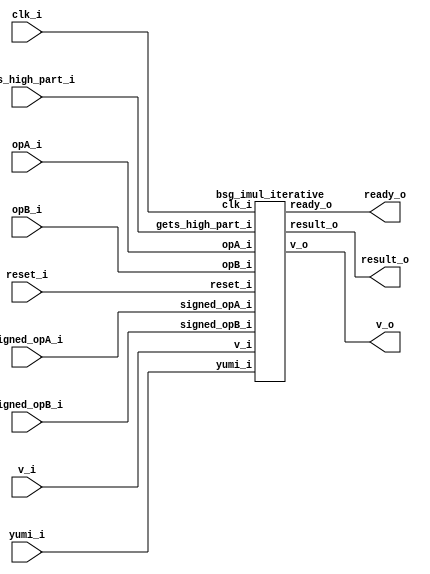
// This program was cloned from: https://github.com/chipsalliance/UHDM-integration-tests
// License: Apache License 2.0



module top
(
  clk_i,
  reset_i,
  v_i,
  ready_o,
  opA_i,
  signed_opA_i,
  opB_i,
  signed_opB_i,
  gets_high_part_i,
  v_o,
  result_o,
  yumi_i
);

  input [31:0] opA_i;
  input [31:0] opB_i;
  output [31:0] result_o;
  input clk_i;
  input reset_i;
  input v_i;
  input signed_opA_i;
  input signed_opB_i;
  input gets_high_part_i;
  input yumi_i;
  output ready_o;
  output v_o;

  bsg_imul_iterative
  wrapper
  (
    .opA_i(opA_i),
    .opB_i(opB_i),
    .result_o(result_o),
    .clk_i(clk_i),
    .reset_i(reset_i),
    .v_i(v_i),
    .signed_opA_i(signed_opA_i),
    .signed_opB_i(signed_opB_i),
    .gets_high_part_i(gets_high_part_i),
    .yumi_i(yumi_i),
    .ready_o(ready_o),
    .v_o(v_o)
  );


endmodule



module bsg_imul_iterative
(
  clk_i,
  reset_i,
  v_i,
  ready_o,
  opA_i,
  signed_opA_i,
  opB_i,
  signed_opB_i,
  gets_high_part_i,
  v_o,
  result_o,
  yumi_i
);

  input [31:0] opA_i;
  input [31:0] opB_i;
  output [31:0] result_o;
  input clk_i;
  input reset_i;
  input v_i;
  input signed_opA_i;
  input signed_opB_i;
  input gets_high_part_i;
  input yumi_i;
  output ready_o;
  output v_o;
  wire [31:0] result_o,opA_r,adder_a,opB_r,adder_b;
  wire ready_o,v_o,N0,N1,N2,N3,N4,N5,N6,N7,N8,N9,N10,N11,N12,N13,N14,N15,N16,N17,N18,
  N19,N20,N21,N22,N23,N24,N25,gets_high_part_r,N26,shift_counter_full,N27,N28,N29,
  N30,N31,N32,N33,N34,N35,N36,N37,N38,N39,N40,N41,N42,N43,N44,N45,N46,N47,N48,N49,
  N50,N51,N52,N53,N54,N55,N56,N57,N58,N59,N60,N61,N62,N63,N64,N65,N66,N67,N68,N69,
  N70,N71,N72,N73,N74,N75,N76,N77,N78,N79,N80,N81,N82,N83,N84,N85,N86,N87,N88,N89,
  N90,N91,N92,N93,N94,N95,N96,N97,N98,N99,N100,N101,N102,N103,N104,N105,N106,N107,
  N108,N109,N110,N111,N112,N113,N114,N115,N116,N117,N118,N119,N120,N121,N122,N123,
  N124,N125,N126,N127,N128,N129,N130,N131,N132,N133,N134,N135,N136,N137,N138,N139,
  N140,N141,N142,N143,N144,N145,N146,N147,N148,N149,N150,N151,N152,N153,N154,N155,
  N156,N157,N158,N159,N160,N161,N162,N163,N164,N165,N166,adder_neg_op,N167,
  latch_input,signed_opA,signed_opB,signed_opA_r,signed_opB_r,need_neg_result_r,N168,N169,
  N170,N171,N172,N173,N174,N175,N176,N177,N178,N179,N180,N181,N182,N183,N184,N185,
  N186,N187,N188,N189,N190,N191,N192,N193,N194,N195,N196,N197,N198,N199,N200,N201,
  N202,N203,N204,N205,N206,N207,N208,N209,N210,N211,N212,N213,N214,N215,N216,N217,
  N218,N219,N220,N221,N222,N223,N224,N225,N226,N227,N228,N229,N230,N231,N232,N233,
  N234,N235,N236,N237,N238,N239,N240,N241,N242,N243,N244,N245,N246,N247,N248,N249,
  N250,N251,N252,N253,N254,N255,N256,N257,N258,N259,N260,N261,N262,N263,N264,N265,
  N266,N267,N268,N269,N270,N271,N272,N273,N274,N275,N276,N277,N278,N279,N280,N281,
  N282,N283,N284,N285,N286,N287,N288,N289,N290,N291,N292,N293,N294,N295,N296,N297,
  N298,N299,N300,N301,N302,N303,N304,N305,N306,N307,N308,N309,shifted_lsb,
  all_sh_lsb_zero_r,N310,N311,N312,N313,N314,N315,N316,N317,N318,N319,N320,N321,N322,N323,
  N324,N325,N326,N327,N328,N329,N330,N331,N332,N333,N334,N335,N336,N337,N338,N339,
  N340,N341,N342,N343,N344,N345,N346,N347,N348,N349,N350,N351,N352,N353,N354,N355,
  N356,N357,N358,N359,N360,N361,N362,N363,N364,N365,N366,N367,N368,N369,N370,N371,
  N372,N373,N374,N375,N376,N377,N378,N379,N380,N381,N382,N383,N384,N385,N386,N387,
  N388,N389,N390,N391,N392,N393,N394,N395,N396,N397,N398,N399,N400,N401,N402,N403,
  N404,N405,N406,N407,N408,N409,N410,N411,N412,N413,N414,N415,N416,N417,N418,N419,
  N420,N421,N422,N423,N424,N425,N426,N427,N428,N429,N430,N431,N432,N433,N434,N435,
  N436,N437,N438,N439,N440,N441,N442,N443,N444,N445,N446,N447,N448,N449,N450,N451,
  N453,N454,N455,N456,N457,N458,N459,N460,N461,N462,N463,N464,N465,N466,N467,N468,
  N469,N470,N471,N472,N473,N474,N475,N476,N477,N478,N479,N480,N481,N482,N483,N484,
  N485,N486,N487,N488,N489,N490,N491,N492,N493,N494,N495,N496,N497,N498,N499,N500,
  N501,N502,N503,N504,N505,N506,N507,N509,N510,N511,N512,N513,N514,N515,N516,N517,
  N518,N519,N520,N521,N522,N523,N524,N525,N526,N527,N528,N529;
  wire [5:0] shift_counter_r;
  wire [2:0] curr_state_r,next_state;
  wire [32:0] adder_result;
  reg curr_state_r_2_sv2v_reg,curr_state_r_1_sv2v_reg,curr_state_r_0_sv2v_reg,
  shift_counter_r_5_sv2v_reg,shift_counter_r_4_sv2v_reg,shift_counter_r_3_sv2v_reg,
  shift_counter_r_2_sv2v_reg,shift_counter_r_1_sv2v_reg,shift_counter_r_0_sv2v_reg,
  signed_opA_r_sv2v_reg,signed_opB_r_sv2v_reg,need_neg_result_r_sv2v_reg,
  gets_high_part_r_sv2v_reg,opA_r_31_sv2v_reg,opA_r_30_sv2v_reg,opA_r_29_sv2v_reg,
  opA_r_28_sv2v_reg,opA_r_27_sv2v_reg,opA_r_26_sv2v_reg,opA_r_25_sv2v_reg,opA_r_24_sv2v_reg,
  opA_r_23_sv2v_reg,opA_r_22_sv2v_reg,opA_r_21_sv2v_reg,opA_r_20_sv2v_reg,
  opA_r_19_sv2v_reg,opA_r_18_sv2v_reg,opA_r_17_sv2v_reg,opA_r_16_sv2v_reg,opA_r_15_sv2v_reg,
  opA_r_14_sv2v_reg,opA_r_13_sv2v_reg,opA_r_12_sv2v_reg,opA_r_11_sv2v_reg,
  opA_r_10_sv2v_reg,opA_r_9_sv2v_reg,opA_r_8_sv2v_reg,opA_r_7_sv2v_reg,opA_r_6_sv2v_reg,
  opA_r_5_sv2v_reg,opA_r_4_sv2v_reg,opA_r_3_sv2v_reg,opA_r_2_sv2v_reg,opA_r_1_sv2v_reg,
  opA_r_0_sv2v_reg,opB_r_31_sv2v_reg,opB_r_30_sv2v_reg,opB_r_29_sv2v_reg,
  opB_r_28_sv2v_reg,opB_r_27_sv2v_reg,opB_r_26_sv2v_reg,opB_r_25_sv2v_reg,
  opB_r_24_sv2v_reg,opB_r_23_sv2v_reg,opB_r_22_sv2v_reg,opB_r_21_sv2v_reg,opB_r_20_sv2v_reg,
  opB_r_19_sv2v_reg,opB_r_18_sv2v_reg,opB_r_17_sv2v_reg,opB_r_16_sv2v_reg,
  opB_r_15_sv2v_reg,opB_r_14_sv2v_reg,opB_r_13_sv2v_reg,opB_r_12_sv2v_reg,opB_r_11_sv2v_reg,
  opB_r_10_sv2v_reg,opB_r_9_sv2v_reg,opB_r_8_sv2v_reg,opB_r_7_sv2v_reg,
  opB_r_6_sv2v_reg,opB_r_5_sv2v_reg,opB_r_4_sv2v_reg,opB_r_3_sv2v_reg,opB_r_2_sv2v_reg,
  opB_r_1_sv2v_reg,opB_r_0_sv2v_reg,all_sh_lsb_zero_r_sv2v_reg,result_o_31_sv2v_reg,
  result_o_30_sv2v_reg,result_o_29_sv2v_reg,result_o_28_sv2v_reg,result_o_27_sv2v_reg,
  result_o_26_sv2v_reg,result_o_25_sv2v_reg,result_o_24_sv2v_reg,result_o_23_sv2v_reg,
  result_o_22_sv2v_reg,result_o_21_sv2v_reg,result_o_20_sv2v_reg,
  result_o_19_sv2v_reg,result_o_18_sv2v_reg,result_o_17_sv2v_reg,result_o_16_sv2v_reg,
  result_o_15_sv2v_reg,result_o_14_sv2v_reg,result_o_13_sv2v_reg,result_o_12_sv2v_reg,
  result_o_11_sv2v_reg,result_o_10_sv2v_reg,result_o_9_sv2v_reg,result_o_8_sv2v_reg,
  result_o_7_sv2v_reg,result_o_6_sv2v_reg,result_o_5_sv2v_reg,result_o_4_sv2v_reg,
  result_o_3_sv2v_reg,result_o_2_sv2v_reg,result_o_1_sv2v_reg,result_o_0_sv2v_reg;
  assign curr_state_r[2] = curr_state_r_2_sv2v_reg;
  assign curr_state_r[1] = curr_state_r_1_sv2v_reg;
  assign curr_state_r[0] = curr_state_r_0_sv2v_reg;
  assign shift_counter_r[5] = shift_counter_r_5_sv2v_reg;
  assign shift_counter_r[4] = shift_counter_r_4_sv2v_reg;
  assign shift_counter_r[3] = shift_counter_r_3_sv2v_reg;
  assign shift_counter_r[2] = shift_counter_r_2_sv2v_reg;
  assign shift_counter_r[1] = shift_counter_r_1_sv2v_reg;
  assign shift_counter_r[0] = shift_counter_r_0_sv2v_reg;
  assign signed_opA_r = signed_opA_r_sv2v_reg;
  assign signed_opB_r = signed_opB_r_sv2v_reg;
  assign need_neg_result_r = need_neg_result_r_sv2v_reg;
  assign gets_high_part_r = gets_high_part_r_sv2v_reg;
  assign opA_r[31] = opA_r_31_sv2v_reg;
  assign opA_r[30] = opA_r_30_sv2v_reg;
  assign opA_r[29] = opA_r_29_sv2v_reg;
  assign opA_r[28] = opA_r_28_sv2v_reg;
  assign opA_r[27] = opA_r_27_sv2v_reg;
  assign opA_r[26] = opA_r_26_sv2v_reg;
  assign opA_r[25] = opA_r_25_sv2v_reg;
  assign opA_r[24] = opA_r_24_sv2v_reg;
  assign opA_r[23] = opA_r_23_sv2v_reg;
  assign opA_r[22] = opA_r_22_sv2v_reg;
  assign opA_r[21] = opA_r_21_sv2v_reg;
  assign opA_r[20] = opA_r_20_sv2v_reg;
  assign opA_r[19] = opA_r_19_sv2v_reg;
  assign opA_r[18] = opA_r_18_sv2v_reg;
  assign opA_r[17] = opA_r_17_sv2v_reg;
  assign opA_r[16] = opA_r_16_sv2v_reg;
  assign opA_r[15] = opA_r_15_sv2v_reg;
  assign opA_r[14] = opA_r_14_sv2v_reg;
  assign opA_r[13] = opA_r_13_sv2v_reg;
  assign opA_r[12] = opA_r_12_sv2v_reg;
  assign opA_r[11] = opA_r_11_sv2v_reg;
  assign opA_r[10] = opA_r_10_sv2v_reg;
  assign opA_r[9] = opA_r_9_sv2v_reg;
  assign opA_r[8] = opA_r_8_sv2v_reg;
  assign opA_r[7] = opA_r_7_sv2v_reg;
  assign opA_r[6] = opA_r_6_sv2v_reg;
  assign opA_r[5] = opA_r_5_sv2v_reg;
  assign opA_r[4] = opA_r_4_sv2v_reg;
  assign opA_r[3] = opA_r_3_sv2v_reg;
  assign opA_r[2] = opA_r_2_sv2v_reg;
  assign opA_r[1] = opA_r_1_sv2v_reg;
  assign opA_r[0] = opA_r_0_sv2v_reg;
  assign opB_r[31] = opB_r_31_sv2v_reg;
  assign opB_r[30] = opB_r_30_sv2v_reg;
  assign opB_r[29] = opB_r_29_sv2v_reg;
  assign opB_r[28] = opB_r_28_sv2v_reg;
  assign opB_r[27] = opB_r_27_sv2v_reg;
  assign opB_r[26] = opB_r_26_sv2v_reg;
  assign opB_r[25] = opB_r_25_sv2v_reg;
  assign opB_r[24] = opB_r_24_sv2v_reg;
  assign opB_r[23] = opB_r_23_sv2v_reg;
  assign opB_r[22] = opB_r_22_sv2v_reg;
  assign opB_r[21] = opB_r_21_sv2v_reg;
  assign opB_r[20] = opB_r_20_sv2v_reg;
  assign opB_r[19] = opB_r_19_sv2v_reg;
  assign opB_r[18] = opB_r_18_sv2v_reg;
  assign opB_r[17] = opB_r_17_sv2v_reg;
  assign opB_r[16] = opB_r_16_sv2v_reg;
  assign opB_r[15] = opB_r_15_sv2v_reg;
  assign opB_r[14] = opB_r_14_sv2v_reg;
  assign opB_r[13] = opB_r_13_sv2v_reg;
  assign opB_r[12] = opB_r_12_sv2v_reg;
  assign opB_r[11] = opB_r_11_sv2v_reg;
  assign opB_r[10] = opB_r_10_sv2v_reg;
  assign opB_r[9] = opB_r_9_sv2v_reg;
  assign opB_r[8] = opB_r_8_sv2v_reg;
  assign opB_r[7] = opB_r_7_sv2v_reg;
  assign opB_r[6] = opB_r_6_sv2v_reg;
  assign opB_r[5] = opB_r_5_sv2v_reg;
  assign opB_r[4] = opB_r_4_sv2v_reg;
  assign opB_r[3] = opB_r_3_sv2v_reg;
  assign opB_r[2] = opB_r_2_sv2v_reg;
  assign opB_r[1] = opB_r_1_sv2v_reg;
  assign opB_r[0] = opB_r_0_sv2v_reg;
  assign all_sh_lsb_zero_r = all_sh_lsb_zero_r_sv2v_reg;
  assign result_o[31] = result_o_31_sv2v_reg;
  assign result_o[30] = result_o_30_sv2v_reg;
  assign result_o[29] = result_o_29_sv2v_reg;
  assign result_o[28] = result_o_28_sv2v_reg;
  assign result_o[27] = result_o_27_sv2v_reg;
  assign result_o[26] = result_o_26_sv2v_reg;
  assign result_o[25] = result_o_25_sv2v_reg;
  assign result_o[24] = result_o_24_sv2v_reg;
  assign result_o[23] = result_o_23_sv2v_reg;
  assign result_o[22] = result_o_22_sv2v_reg;
  assign result_o[21] = result_o_21_sv2v_reg;
  assign result_o[20] = result_o_20_sv2v_reg;
  assign result_o[19] = result_o_19_sv2v_reg;
  assign result_o[18] = result_o_18_sv2v_reg;
  assign result_o[17] = result_o_17_sv2v_reg;
  assign result_o[16] = result_o_16_sv2v_reg;
  assign result_o[15] = result_o_15_sv2v_reg;
  assign result_o[14] = result_o_14_sv2v_reg;
  assign result_o[13] = result_o_13_sv2v_reg;
  assign result_o[12] = result_o_12_sv2v_reg;
  assign result_o[11] = result_o_11_sv2v_reg;
  assign result_o[10] = result_o_10_sv2v_reg;
  assign result_o[9] = result_o_9_sv2v_reg;
  assign result_o[8] = result_o_8_sv2v_reg;
  assign result_o[7] = result_o_7_sv2v_reg;
  assign result_o[6] = result_o_6_sv2v_reg;
  assign result_o[5] = result_o_5_sv2v_reg;
  assign result_o[4] = result_o_4_sv2v_reg;
  assign result_o[3] = result_o_3_sv2v_reg;
  assign result_o[2] = result_o_2_sv2v_reg;
  assign result_o[1] = result_o_1_sv2v_reg;
  assign result_o[0] = result_o_0_sv2v_reg;
  assign N27 = N448 & N453;
  assign N28 = N27 & N449;
  assign N29 = curr_state_r[2] | curr_state_r[1];
  assign N30 = N29 | N449;
  assign N32 = curr_state_r[2] | N453;
  assign N33 = N32 | curr_state_r[0];
  assign N35 = curr_state_r[2] | N453;
  assign N36 = N35 | N449;
  assign N38 = N448 | curr_state_r[1];
  assign N39 = N38 | curr_state_r[0];
  assign N41 = N448 | curr_state_r[1];
  assign N42 = N41 | N449;
  assign N44 = curr_state_r[2] & curr_state_r[1];
  assign N416 = reset_i | latch_input;
  assign N417 = reset_i | latch_input;
  assign N418 = reset_i | latch_input;
  assign N419 = reset_i | latch_input;
  assign N420 = reset_i | latch_input;
  assign N421 = reset_i | latch_input;
  assign N422 = reset_i | latch_input;
  assign N423 = reset_i | latch_input;
  assign N424 = reset_i | latch_input;
  assign N425 = reset_i | latch_input;
  assign N426 = reset_i | latch_input;
  assign N427 = reset_i | latch_input;
  assign N428 = reset_i | latch_input;
  assign N429 = reset_i | latch_input;
  assign N430 = reset_i | latch_input;
  assign N431 = reset_i | latch_input;
  assign N432 = reset_i | latch_input;
  assign N433 = reset_i | latch_input;
  assign N434 = reset_i | latch_input;
  assign N435 = reset_i | latch_input;
  assign N436 = reset_i | latch_input;
  assign N437 = reset_i | latch_input;
  assign N438 = reset_i | latch_input;
  assign N439 = reset_i | latch_input;
  assign N440 = reset_i | latch_input;
  assign N441 = reset_i | latch_input;
  assign N442 = reset_i | latch_input;
  assign N443 = reset_i | latch_input;
  assign N444 = reset_i | latch_input;
  assign N445 = reset_i | latch_input;
  assign N446 = reset_i | latch_input;
  assign N447 = reset_i | latch_input;
  assign N448 = ~curr_state_r[2];
  assign N449 = ~curr_state_r[0];
  assign N450 = curr_state_r[1] | N448;
  assign N451 = N449 | N450;
  assign v_o = ~N451;
  assign N453 = ~curr_state_r[1];
  assign N454 = N453 | curr_state_r[2];
  assign N455 = N449 | N454;
  assign N456 = ~N455;
  assign N457 = N453 | curr_state_r[2];
  assign N458 = N449 | N457;
  assign N459 = ~N458;
  assign N460 = N453 | curr_state_r[2];
  assign N461 = N449 | N460;
  assign N462 = ~N461;
  assign N463 = N453 | curr_state_r[2];
  assign N464 = N449 | N463;
  assign N465 = ~N464;
  assign N466 = curr_state_r[1] | curr_state_r[2];
  assign N467 = N449 | N466;
  assign N468 = ~N467;
  assign N469 = N453 | curr_state_r[2];
  assign N470 = N449 | N469;
  assign N471 = ~N470;
  assign N472 = N453 | curr_state_r[2];
  assign N473 = curr_state_r[0] | N472;
  assign N474 = ~N473;
  assign N475 = N453 | curr_state_r[2];
  assign N476 = N449 | N475;
  assign N477 = ~N476;
  assign N478 = curr_state_r[1] | N448;
  assign N479 = curr_state_r[0] | N478;
  assign N480 = ~N479;
  assign N481 = N453 | curr_state_r[2];
  assign N482 = N449 | N481;
  assign N483 = ~next_state[1];
  assign N484 = ~next_state[0];
  assign N485 = N483 | next_state[2];
  assign N486 = N484 | N485;
  assign N487 = ~N486;
  assign N488 = curr_state_r[1] | N448;
  assign N489 = curr_state_r[0] | N488;
  assign N490 = ~N489;
  assign N491 = curr_state_r[1] | curr_state_r[2];
  assign N492 = N449 | N491;
  assign N493 = ~N492;
  assign N494 = N453 | curr_state_r[2];
  assign N495 = curr_state_r[0] | N494;
  assign N496 = ~N495;
  assign N497 = curr_state_r[1] | N448;
  assign N498 = curr_state_r[0] | N497;
  assign N499 = ~N498;
  assign N500 = N453 | curr_state_r[2];
  assign N501 = curr_state_r[0] | N500;
  assign N502 = ~N501;
  assign N503 = curr_state_r[1] | curr_state_r[2];
  assign N504 = N449 | N503;
  assign N505 = ~N504;
  assign N506 = curr_state_r[1] | curr_state_r[2];
  assign N507 = curr_state_r[0] | N506;
  assign ready_o = ~N507;
  assign N509 = ~shift_counter_r[4];
  assign N510 = ~shift_counter_r[3];
  assign N511 = ~shift_counter_r[2];
  assign N512 = ~shift_counter_r[1];
  assign N513 = ~shift_counter_r[0];
  assign N514 = N509 | shift_counter_r[5];
  assign N515 = N510 | N514;
  assign N516 = N511 | N515;
  assign N517 = N512 | N516;
  assign N518 = N513 | N517;
  assign N519 = ~N518;
  assign N520 = ~shift_counter_r[5];
  assign N521 = shift_counter_r[4] | N520;
  assign N522 = shift_counter_r[3] | N521;
  assign N523 = shift_counter_r[2] | N522;
  assign N524 = shift_counter_r[1] | N523;
  assign N525 = shift_counter_r[0] | N524;
  assign N526 = ~N525;
  assign adder_result = adder_a + adder_b;
  assign { N58, N57, N56, N55, N54, N53 } = shift_counter_r + 1'b1;
  assign shift_counter_full = (N0)? N519 : 
                              (N1)? N526 : 1'b0;
  assign N0 = gets_high_part_r;
  assign N1 = N26;
  assign next_state = (N2)? { 1'b0, 1'b0, v_i } : 
                      (N3)? { 1'b0, 1'b1, 1'b0 } : 
                      (N4)? { 1'b0, 1'b1, 1'b1 } : 
                      (N5)? { shift_counter_full, N45, N45 } : 
                      (N6)? { 1'b1, 1'b0, 1'b1 } : 
                      (N7)? { N46, 1'b0, N46 } : 
                      (N8)? { 1'b0, 1'b0, 1'b0 } : 1'b0;
  assign N2 = N28;
  assign N3 = N31;
  assign N4 = N34;
  assign N5 = N37;
  assign N6 = N40;
  assign N7 = N43;
  assign N8 = N44;
  assign N59 = (N9)? 1'b1 : 
               (N67)? 1'b1 : 
               (N51)? 1'b0 : 1'b0;
  assign N9 = N49;
  assign { N65, N64, N63, N62, N61, N60 } = (N9)? { 1'b0, 1'b0, 1'b0, 1'b0, 1'b0, 1'b0 } : 
                                            (N67)? { N58, N57, N56, N55, N54, N53 } : 1'b0;
  assign adder_a = (N10)? { N71, N72, N73, N74, N75, N76, N77, N78, N79, N80, N81, N82, N83, N84, N85, N86, N87, N88, N89, N90, N91, N92, N93, N94, N95, N96, N97, N98, N99, N100, N101, N102 } : 
                   (N11)? { N103, N104, N105, N106, N107, N108, N109, N110, N111, N112, N113, N114, N115, N116, N117, N118, N119, N120, N121, N122, N123, N124, N125, N126, N127, N128, N129, N130, N131, N132, N133, N134 } : 
                   (N12)? { N135, N136, N137, N138, N139, N140, N141, N142, N143, N144, N145, N146, N147, N148, N149, N150, N151, N152, N153, N154, N155, N156, N157, N158, N159, N160, N161, N162, N163, N164, N165, N166 } : 
                   (N70)? result_o : 1'b0;
  assign N10 = N505;
  assign N11 = N502;
  assign N12 = N490;
  assign adder_b = (N13)? { 1'b0, 1'b0, 1'b0, 1'b0, 1'b0, 1'b0, 1'b0, 1'b0, 1'b0, 1'b0, 1'b0, 1'b0, 1'b0, 1'b0, 1'b0, 1'b0, 1'b0, 1'b0, 1'b0, 1'b0, 1'b0, 1'b0, 1'b0, 1'b0, 1'b0, 1'b0, 1'b0, 1'b0, 1'b0, 1'b0, 1'b0, 1'b1 } : 
                   (N14)? opA_r : 1'b0;
  assign N13 = adder_neg_op;
  assign N14 = N167;
  assign N174 = (N15)? 1'b1 : 
                (N16)? 1'b1 : 
                (N173)? 1'b0 : 1'b0;
  assign N15 = N170;
  assign N16 = N171;
  assign { N206, N205, N204, N203, N202, N201, N200, N199, N198, N197, N196, N195, N194, N193, N192, N191, N190, N189, N188, N187, N186, N185, N184, N183, N182, N181, N180, N179, N178, N177, N176, N175 } = (N15)? { opA_r[30:0], 1'b0 } : 
                                                                                                                                                                                                              (N16)? adder_result[31:0] : 1'b0;
  assign N207 = (N17)? 1'b1 : 
                (N18)? N174 : 1'b0;
  assign N17 = latch_input;
  assign N18 = N169;
  assign { N239, N238, N237, N236, N235, N234, N233, N232, N231, N230, N229, N228, N227, N226, N225, N224, N223, N222, N221, N220, N219, N218, N217, N216, N215, N214, N213, N212, N211, N210, N209, N208 } = (N17)? opA_i : 
                                                                                                                                                                                                              (N18)? { N206, N205, N204, N203, N202, N201, N200, N199, N198, N197, N196, N195, N194, N193, N192, N191, N190, N189, N188, N187, N186, N185, N184, N183, N182, N181, N180, N179, N178, N177, N176, N175 } : 1'b0;
  assign N243 = (N19)? 1'b1 : 
                (N20)? 1'b1 : 
                (N242)? 1'b0 : 1'b0;
  assign N19 = N459;
  assign N20 = N240;
  assign { N275, N274, N273, N272, N271, N270, N269, N268, N267, N266, N265, N264, N263, N262, N261, N260, N259, N258, N257, N256, N255, N254, N253, N252, N251, N250, N249, N248, N247, N246, N245, N244 } = (N19)? { 1'b0, opB_r[31:1] } : 
                                                                                                                                                                                                              (N20)? adder_result[31:0] : 1'b0;
  assign N276 = (N17)? 1'b1 : 
                (N18)? N243 : 1'b0;
  assign { N308, N307, N306, N305, N304, N303, N302, N301, N300, N299, N298, N297, N296, N295, N294, N293, N292, N291, N290, N289, N288, N287, N286, N285, N284, N283, N282, N281, N280, N279, N278, N277 } = (N17)? opB_i : 
                                                                                                                                                                                                              (N18)? { N275, N274, N273, N272, N271, N270, N269, N268, N267, N266, N265, N264, N263, N262, N261, N260, N259, N258, N257, N256, N255, N254, N253, N252, N251, N250, N249, N248, N247, N246, N245, N244 } : 1'b0;
  assign shifted_lsb = (N21)? adder_result[0] : 
                       (N309)? result_o[0] : 1'b0;
  assign N21 = opB_r[0];
  assign { N350, N349, N348, N347, N346, N345, N344, N343, N342, N341, N340, N339, N338, N337, N336, N335, N334, N333, N332, N331, N330, N329, N328, N327, N326, N325, N324, N323, N322, N321, N320, N319 } = (N22)? { N135, N136, N137, N138, N139, N140, N141, N142, N143, N144, N145, N146, N147, N148, N149, N150, N151, N152, N153, N154, N155, N156, N157, N158, N159, N160, N161, N162, N163, N164, N165, N166 } : 
                                                                                                                                                                                                              (N318)? adder_result[31:0] : 1'b0;
  assign N22 = N317;
  assign { N382, N381, N380, N379, N378, N377, N376, N375, N374, N373, N372, N371, N370, N369, N368, N367, N366, N365, N364, N363, N362, N361, N360, N359, N358, N357, N356, N355, N354, N353, N352, N351 } = (N0)? adder_result[32:1] : 
                                                                                                                                                                                                              (N1)? adder_result[31:0] : 1'b0;
  assign N383 = (N23)? 1'b1 : 
                (N24)? 1'b1 : 
                (N25)? gets_high_part_r : 
                (N316)? 1'b0 : 1'b0;
  assign N23 = N311;
  assign N24 = N312;
  assign N25 = N313;
  assign { N415, N414, N413, N412, N411, N410, N409, N408, N407, N406, N405, N404, N403, N402, N401, N400, N399, N398, N397, N396, N395, N394, N393, N392, N391, N390, N389, N388, N387, N386, N385, N384 } = (N23)? { N350, N349, N348, N347, N346, N345, N344, N343, N342, N341, N340, N339, N338, N337, N336, N335, N334, N333, N332, N331, N330, N329, N328, N327, N326, N325, N324, N323, N322, N321, N320, N319 } : 
                                                                                                                                                                                                              (N24)? { N382, N381, N380, N379, N378, N377, N376, N375, N374, N373, N372, N371, N370, N369, N368, N367, N366, N365, N364, N363, N362, N361, N360, N359, N358, N357, N356, N355, N354, N353, N352, N351 } : 
                                                                                                                                                                                                              (N25)? { 1'b0, result_o[31:1] } : 1'b0;
  assign N26 = ~gets_high_part_r;
  assign N31 = ~N30;
  assign N34 = ~N33;
  assign N37 = ~N36;
  assign N40 = ~N39;
  assign N43 = ~N42;
  assign N45 = ~shift_counter_full;
  assign N46 = ~yumi_i;
  assign N47 = ~reset_i;
  assign N48 = N47;
  assign N49 = N482 & N487;
  assign N50 = N465 | N49;
  assign N51 = ~N50;
  assign N52 = N48 & N67;
  assign N66 = ~N49;
  assign N67 = N465 & N66;
  assign N68 = N502 | N505;
  assign N69 = N490 | N68;
  assign N70 = ~N69;
  assign N71 = ~opA_r[31];
  assign N72 = ~opA_r[30];
  assign N73 = ~opA_r[29];
  assign N74 = ~opA_r[28];
  assign N75 = ~opA_r[27];
  assign N76 = ~opA_r[26];
  assign N77 = ~opA_r[25];
  assign N78 = ~opA_r[24];
  assign N79 = ~opA_r[23];
  assign N80 = ~opA_r[22];
  assign N81 = ~opA_r[21];
  assign N82 = ~opA_r[20];
  assign N83 = ~opA_r[19];
  assign N84 = ~opA_r[18];
  assign N85 = ~opA_r[17];
  assign N86 = ~opA_r[16];
  assign N87 = ~opA_r[15];
  assign N88 = ~opA_r[14];
  assign N89 = ~opA_r[13];
  assign N90 = ~opA_r[12];
  assign N91 = ~opA_r[11];
  assign N92 = ~opA_r[10];
  assign N93 = ~opA_r[9];
  assign N94 = ~opA_r[8];
  assign N95 = ~opA_r[7];
  assign N96 = ~opA_r[6];
  assign N97 = ~opA_r[5];
  assign N98 = ~opA_r[4];
  assign N99 = ~opA_r[3];
  assign N100 = ~opA_r[2];
  assign N101 = ~opA_r[1];
  assign N102 = ~opA_r[0];
  assign N103 = ~opB_r[31];
  assign N104 = ~opB_r[30];
  assign N105 = ~opB_r[29];
  assign N106 = ~opB_r[28];
  assign N107 = ~opB_r[27];
  assign N108 = ~opB_r[26];
  assign N109 = ~opB_r[25];
  assign N110 = ~opB_r[24];
  assign N111 = ~opB_r[23];
  assign N112 = ~opB_r[22];
  assign N113 = ~opB_r[21];
  assign N114 = ~opB_r[20];
  assign N115 = ~opB_r[19];
  assign N116 = ~opB_r[18];
  assign N117 = ~opB_r[17];
  assign N118 = ~opB_r[16];
  assign N119 = ~opB_r[15];
  assign N120 = ~opB_r[14];
  assign N121 = ~opB_r[13];
  assign N122 = ~opB_r[12];
  assign N123 = ~opB_r[11];
  assign N124 = ~opB_r[10];
  assign N125 = ~opB_r[9];
  assign N126 = ~opB_r[8];
  assign N127 = ~opB_r[7];
  assign N128 = ~opB_r[6];
  assign N129 = ~opB_r[5];
  assign N130 = ~opB_r[4];
  assign N131 = ~opB_r[3];
  assign N132 = ~opB_r[2];
  assign N133 = ~opB_r[1];
  assign N134 = ~opB_r[0];
  assign N135 = ~result_o[31];
  assign N136 = ~result_o[30];
  assign N137 = ~result_o[29];
  assign N138 = ~result_o[28];
  assign N139 = ~result_o[27];
  assign N140 = ~result_o[26];
  assign N141 = ~result_o[25];
  assign N142 = ~result_o[24];
  assign N143 = ~result_o[23];
  assign N144 = ~result_o[22];
  assign N145 = ~result_o[21];
  assign N146 = ~result_o[20];
  assign N147 = ~result_o[19];
  assign N148 = ~result_o[18];
  assign N149 = ~result_o[17];
  assign N150 = ~result_o[16];
  assign N151 = ~result_o[15];
  assign N152 = ~result_o[14];
  assign N153 = ~result_o[13];
  assign N154 = ~result_o[12];
  assign N155 = ~result_o[11];
  assign N156 = ~result_o[10];
  assign N157 = ~result_o[9];
  assign N158 = ~result_o[8];
  assign N159 = ~result_o[7];
  assign N160 = ~result_o[6];
  assign N161 = ~result_o[5];
  assign N162 = ~result_o[4];
  assign N163 = ~result_o[3];
  assign N164 = ~result_o[2];
  assign N165 = ~result_o[1];
  assign N166 = ~result_o[0];
  assign adder_neg_op = N527 | N499;
  assign N527 = N493 | N496;
  assign N167 = ~adder_neg_op;
  assign latch_input = v_i & ready_o;
  assign signed_opA = signed_opA_i & opA_i[31];
  assign signed_opB = signed_opB_i & opB_i[31];
  assign N168 = signed_opA ^ signed_opB;
  assign N169 = ~latch_input;
  assign N170 = N471 & N26;
  assign N171 = N468 & signed_opA_r;
  assign N172 = N171 | N170;
  assign N173 = ~N172;
  assign N240 = N474 & signed_opB_r;
  assign N241 = N240 | N459;
  assign N242 = ~N241;
  assign N309 = ~opB_r[0];
  assign N310 = all_sh_lsb_zero_r & N528;
  assign N528 = ~shifted_lsb;
  assign N311 = N480 & need_neg_result_r;
  assign N312 = N477 & opB_r[0];
  assign N313 = N462 & N134;
  assign N314 = N312 | N311;
  assign N315 = N313 | N314;
  assign N316 = ~N315;
  assign N317 = gets_high_part_r & N529;
  assign N529 = ~all_sh_lsb_zero_r;
  assign N318 = ~N317;

  always @(posedge clk_i) begin
    if(reset_i) begin
      curr_state_r_2_sv2v_reg <= 1'b0;
      curr_state_r_1_sv2v_reg <= 1'b0;
      curr_state_r_0_sv2v_reg <= 1'b0;
    end else if(1'b1) begin
      curr_state_r_2_sv2v_reg <= next_state[2];
      curr_state_r_1_sv2v_reg <= next_state[1];
      curr_state_r_0_sv2v_reg <= next_state[0];
    end 
    if(reset_i) begin
      shift_counter_r_5_sv2v_reg <= 1'b0;
      shift_counter_r_4_sv2v_reg <= 1'b0;
      shift_counter_r_3_sv2v_reg <= 1'b0;
      shift_counter_r_2_sv2v_reg <= 1'b0;
      shift_counter_r_1_sv2v_reg <= 1'b0;
      shift_counter_r_0_sv2v_reg <= 1'b0;
    end else if(N59) begin
      shift_counter_r_5_sv2v_reg <= N65;
      shift_counter_r_4_sv2v_reg <= N64;
      shift_counter_r_3_sv2v_reg <= N63;
      shift_counter_r_2_sv2v_reg <= N62;
      shift_counter_r_1_sv2v_reg <= N61;
      shift_counter_r_0_sv2v_reg <= N60;
    end 
    if(reset_i) begin
      signed_opA_r_sv2v_reg <= 1'b0;
      signed_opB_r_sv2v_reg <= 1'b0;
      need_neg_result_r_sv2v_reg <= 1'b0;
      gets_high_part_r_sv2v_reg <= 1'b0;
    end else if(latch_input) begin
      signed_opA_r_sv2v_reg <= signed_opA;
      signed_opB_r_sv2v_reg <= signed_opB;
      need_neg_result_r_sv2v_reg <= N168;
      gets_high_part_r_sv2v_reg <= gets_high_part_i;
    end 
    if(reset_i) begin
      opA_r_31_sv2v_reg <= 1'b0;
      opA_r_30_sv2v_reg <= 1'b0;
      opA_r_29_sv2v_reg <= 1'b0;
      opA_r_28_sv2v_reg <= 1'b0;
      opA_r_27_sv2v_reg <= 1'b0;
      opA_r_26_sv2v_reg <= 1'b0;
      opA_r_25_sv2v_reg <= 1'b0;
      opA_r_24_sv2v_reg <= 1'b0;
      opA_r_23_sv2v_reg <= 1'b0;
      opA_r_22_sv2v_reg <= 1'b0;
      opA_r_21_sv2v_reg <= 1'b0;
      opA_r_20_sv2v_reg <= 1'b0;
      opA_r_19_sv2v_reg <= 1'b0;
      opA_r_18_sv2v_reg <= 1'b0;
      opA_r_17_sv2v_reg <= 1'b0;
      opA_r_16_sv2v_reg <= 1'b0;
      opA_r_15_sv2v_reg <= 1'b0;
      opA_r_14_sv2v_reg <= 1'b0;
      opA_r_13_sv2v_reg <= 1'b0;
      opA_r_12_sv2v_reg <= 1'b0;
      opA_r_11_sv2v_reg <= 1'b0;
      opA_r_10_sv2v_reg <= 1'b0;
      opA_r_9_sv2v_reg <= 1'b0;
      opA_r_8_sv2v_reg <= 1'b0;
      opA_r_7_sv2v_reg <= 1'b0;
      opA_r_6_sv2v_reg <= 1'b0;
      opA_r_5_sv2v_reg <= 1'b0;
      opA_r_4_sv2v_reg <= 1'b0;
      opA_r_3_sv2v_reg <= 1'b0;
      opA_r_2_sv2v_reg <= 1'b0;
      opA_r_1_sv2v_reg <= 1'b0;
      opA_r_0_sv2v_reg <= 1'b0;
    end else if(N207) begin
      opA_r_31_sv2v_reg <= N239;
      opA_r_30_sv2v_reg <= N238;
      opA_r_29_sv2v_reg <= N237;
      opA_r_28_sv2v_reg <= N236;
      opA_r_27_sv2v_reg <= N235;
      opA_r_26_sv2v_reg <= N234;
      opA_r_25_sv2v_reg <= N233;
      opA_r_24_sv2v_reg <= N232;
      opA_r_23_sv2v_reg <= N231;
      opA_r_22_sv2v_reg <= N230;
      opA_r_21_sv2v_reg <= N229;
      opA_r_20_sv2v_reg <= N228;
      opA_r_19_sv2v_reg <= N227;
      opA_r_18_sv2v_reg <= N226;
      opA_r_17_sv2v_reg <= N225;
      opA_r_16_sv2v_reg <= N224;
      opA_r_15_sv2v_reg <= N223;
      opA_r_14_sv2v_reg <= N222;
      opA_r_13_sv2v_reg <= N221;
      opA_r_12_sv2v_reg <= N220;
      opA_r_11_sv2v_reg <= N219;
      opA_r_10_sv2v_reg <= N218;
      opA_r_9_sv2v_reg <= N217;
      opA_r_8_sv2v_reg <= N216;
      opA_r_7_sv2v_reg <= N215;
      opA_r_6_sv2v_reg <= N214;
      opA_r_5_sv2v_reg <= N213;
      opA_r_4_sv2v_reg <= N212;
      opA_r_3_sv2v_reg <= N211;
      opA_r_2_sv2v_reg <= N210;
      opA_r_1_sv2v_reg <= N209;
      opA_r_0_sv2v_reg <= N208;
    end 
    if(reset_i) begin
      opB_r_31_sv2v_reg <= 1'b0;
      opB_r_30_sv2v_reg <= 1'b0;
      opB_r_29_sv2v_reg <= 1'b0;
      opB_r_28_sv2v_reg <= 1'b0;
      opB_r_27_sv2v_reg <= 1'b0;
      opB_r_26_sv2v_reg <= 1'b0;
      opB_r_25_sv2v_reg <= 1'b0;
      opB_r_24_sv2v_reg <= 1'b0;
      opB_r_23_sv2v_reg <= 1'b0;
      opB_r_22_sv2v_reg <= 1'b0;
      opB_r_21_sv2v_reg <= 1'b0;
      opB_r_20_sv2v_reg <= 1'b0;
      opB_r_19_sv2v_reg <= 1'b0;
      opB_r_18_sv2v_reg <= 1'b0;
      opB_r_17_sv2v_reg <= 1'b0;
      opB_r_16_sv2v_reg <= 1'b0;
      opB_r_15_sv2v_reg <= 1'b0;
      opB_r_14_sv2v_reg <= 1'b0;
      opB_r_13_sv2v_reg <= 1'b0;
      opB_r_12_sv2v_reg <= 1'b0;
      opB_r_11_sv2v_reg <= 1'b0;
      opB_r_10_sv2v_reg <= 1'b0;
      opB_r_9_sv2v_reg <= 1'b0;
      opB_r_8_sv2v_reg <= 1'b0;
      opB_r_7_sv2v_reg <= 1'b0;
      opB_r_6_sv2v_reg <= 1'b0;
      opB_r_5_sv2v_reg <= 1'b0;
      opB_r_4_sv2v_reg <= 1'b0;
      opB_r_3_sv2v_reg <= 1'b0;
      opB_r_2_sv2v_reg <= 1'b0;
      opB_r_1_sv2v_reg <= 1'b0;
      opB_r_0_sv2v_reg <= 1'b0;
    end else if(N276) begin
      opB_r_31_sv2v_reg <= N308;
      opB_r_30_sv2v_reg <= N307;
      opB_r_29_sv2v_reg <= N306;
      opB_r_28_sv2v_reg <= N305;
      opB_r_27_sv2v_reg <= N304;
      opB_r_26_sv2v_reg <= N303;
      opB_r_25_sv2v_reg <= N302;
      opB_r_24_sv2v_reg <= N301;
      opB_r_23_sv2v_reg <= N300;
      opB_r_22_sv2v_reg <= N299;
      opB_r_21_sv2v_reg <= N298;
      opB_r_20_sv2v_reg <= N297;
      opB_r_19_sv2v_reg <= N296;
      opB_r_18_sv2v_reg <= N295;
      opB_r_17_sv2v_reg <= N294;
      opB_r_16_sv2v_reg <= N293;
      opB_r_15_sv2v_reg <= N292;
      opB_r_14_sv2v_reg <= N291;
      opB_r_13_sv2v_reg <= N290;
      opB_r_12_sv2v_reg <= N289;
      opB_r_11_sv2v_reg <= N288;
      opB_r_10_sv2v_reg <= N287;
      opB_r_9_sv2v_reg <= N286;
      opB_r_8_sv2v_reg <= N285;
      opB_r_7_sv2v_reg <= N284;
      opB_r_6_sv2v_reg <= N283;
      opB_r_5_sv2v_reg <= N282;
      opB_r_4_sv2v_reg <= N281;
      opB_r_3_sv2v_reg <= N280;
      opB_r_2_sv2v_reg <= N279;
      opB_r_1_sv2v_reg <= N278;
      opB_r_0_sv2v_reg <= N277;
    end 
    if(reset_i) begin
      all_sh_lsb_zero_r_sv2v_reg <= 1'b0;
    end else if(latch_input) begin
      all_sh_lsb_zero_r_sv2v_reg <= 1'b1;
    end else if(N456) begin
      all_sh_lsb_zero_r_sv2v_reg <= N310;
    end 
    if(N416) begin
      result_o_31_sv2v_reg <= 1'b0;
    end else if(N383) begin
      result_o_31_sv2v_reg <= N415;
    end 
    if(N447) begin
      result_o_30_sv2v_reg <= 1'b0;
    end else if(N383) begin
      result_o_30_sv2v_reg <= N414;
    end 
    if(N446) begin
      result_o_29_sv2v_reg <= 1'b0;
    end else if(N383) begin
      result_o_29_sv2v_reg <= N413;
    end 
    if(N445) begin
      result_o_28_sv2v_reg <= 1'b0;
    end else if(N383) begin
      result_o_28_sv2v_reg <= N412;
    end 
    if(N444) begin
      result_o_27_sv2v_reg <= 1'b0;
    end else if(N383) begin
      result_o_27_sv2v_reg <= N411;
    end 
    if(N443) begin
      result_o_26_sv2v_reg <= 1'b0;
    end else if(N383) begin
      result_o_26_sv2v_reg <= N410;
    end 
    if(N442) begin
      result_o_25_sv2v_reg <= 1'b0;
    end else if(N383) begin
      result_o_25_sv2v_reg <= N409;
    end 
    if(N441) begin
      result_o_24_sv2v_reg <= 1'b0;
    end else if(N383) begin
      result_o_24_sv2v_reg <= N408;
    end 
    if(N440) begin
      result_o_23_sv2v_reg <= 1'b0;
    end else if(N383) begin
      result_o_23_sv2v_reg <= N407;
    end 
    if(N439) begin
      result_o_22_sv2v_reg <= 1'b0;
    end else if(N383) begin
      result_o_22_sv2v_reg <= N406;
    end 
    if(N438) begin
      result_o_21_sv2v_reg <= 1'b0;
    end else if(N383) begin
      result_o_21_sv2v_reg <= N405;
    end 
    if(N437) begin
      result_o_20_sv2v_reg <= 1'b0;
    end else if(N383) begin
      result_o_20_sv2v_reg <= N404;
    end 
    if(N436) begin
      result_o_19_sv2v_reg <= 1'b0;
    end else if(N383) begin
      result_o_19_sv2v_reg <= N403;
    end 
    if(N435) begin
      result_o_18_sv2v_reg <= 1'b0;
    end else if(N383) begin
      result_o_18_sv2v_reg <= N402;
    end 
    if(N434) begin
      result_o_17_sv2v_reg <= 1'b0;
    end else if(N383) begin
      result_o_17_sv2v_reg <= N401;
    end 
    if(N433) begin
      result_o_16_sv2v_reg <= 1'b0;
    end else if(N383) begin
      result_o_16_sv2v_reg <= N400;
    end 
    if(N432) begin
      result_o_15_sv2v_reg <= 1'b0;
    end else if(N383) begin
      result_o_15_sv2v_reg <= N399;
    end 
    if(N431) begin
      result_o_14_sv2v_reg <= 1'b0;
    end else if(N383) begin
      result_o_14_sv2v_reg <= N398;
    end 
    if(N430) begin
      result_o_13_sv2v_reg <= 1'b0;
    end else if(N383) begin
      result_o_13_sv2v_reg <= N397;
    end 
    if(N429) begin
      result_o_12_sv2v_reg <= 1'b0;
    end else if(N383) begin
      result_o_12_sv2v_reg <= N396;
    end 
    if(N428) begin
      result_o_11_sv2v_reg <= 1'b0;
    end else if(N383) begin
      result_o_11_sv2v_reg <= N395;
    end 
    if(N427) begin
      result_o_10_sv2v_reg <= 1'b0;
    end else if(N383) begin
      result_o_10_sv2v_reg <= N394;
    end 
    if(N426) begin
      result_o_9_sv2v_reg <= 1'b0;
    end else if(N383) begin
      result_o_9_sv2v_reg <= N393;
    end 
    if(N425) begin
      result_o_8_sv2v_reg <= 1'b0;
    end else if(N383) begin
      result_o_8_sv2v_reg <= N392;
    end 
    if(N424) begin
      result_o_7_sv2v_reg <= 1'b0;
    end else if(N383) begin
      result_o_7_sv2v_reg <= N391;
    end 
    if(N423) begin
      result_o_6_sv2v_reg <= 1'b0;
    end else if(N383) begin
      result_o_6_sv2v_reg <= N390;
    end 
    if(N422) begin
      result_o_5_sv2v_reg <= 1'b0;
    end else if(N383) begin
      result_o_5_sv2v_reg <= N389;
    end 
    if(N421) begin
      result_o_4_sv2v_reg <= 1'b0;
    end else if(N383) begin
      result_o_4_sv2v_reg <= N388;
    end 
    if(N420) begin
      result_o_3_sv2v_reg <= 1'b0;
    end else if(N383) begin
      result_o_3_sv2v_reg <= N387;
    end 
    if(N419) begin
      result_o_2_sv2v_reg <= 1'b0;
    end else if(N383) begin
      result_o_2_sv2v_reg <= N386;
    end 
    if(N418) begin
      result_o_1_sv2v_reg <= 1'b0;
    end else if(N383) begin
      result_o_1_sv2v_reg <= N385;
    end 
    if(N417) begin
      result_o_0_sv2v_reg <= 1'b0;
    end else if(N383) begin
      result_o_0_sv2v_reg <= N384;
    end 
  end


endmodule